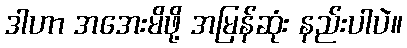
ဒါဟာ အအေးမိဖို့ အမြန်ဆုံး နည်းပါပဲ။